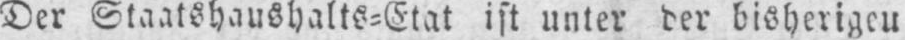
Der Staatshaushalts⸗Etat ist unter der bisherigeu